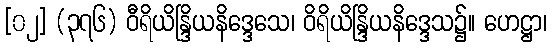
[၀၂] (၃၇၆) ဝီရိယိန္ဒြိယနိဒ္ဒေသေ၊ ဝိရိယိန္ဒြိယနိဒ္ဒေသ၌။ ဟေဋ္ဌာ၊